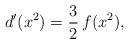
\begin{align*}d'(x^2) = {3\over 2}\, f(x^2),\end{align*}